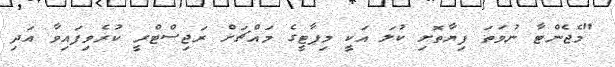
"މެޖެންޓާ ނުވަތަ ފިޔާތޮށި ކުލަ އަކީ މިޕާޓީގެ މައްޗަށް ރަޖިސްޓްރީ ކުރެވިފައިވާ އަދި